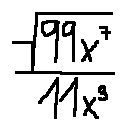
\frac { \sqrt { 9 9 x ^ { 7 } } } { 1 1 x ^ { 3 } }